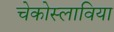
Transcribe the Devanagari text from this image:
चेकोस्लाविया